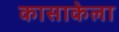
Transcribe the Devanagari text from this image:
कासाकेला